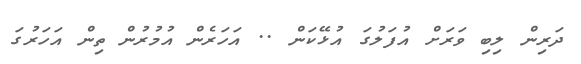
ދަރިން ލިބި ވަރަށް އުފަލުގަ އުޅޭކަން .. އަހަރެން އުމުރުން ތިން އަހަރުގަ